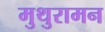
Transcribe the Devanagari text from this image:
मुथुरामन